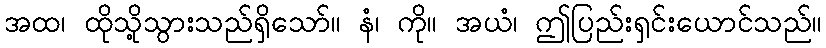
အထ၊ ထိုသို့သွားသည်ရှိသော်။ နံ၊ ကို။ အယံ၊ ဤပြည်းရှင်းယောင်သည်။